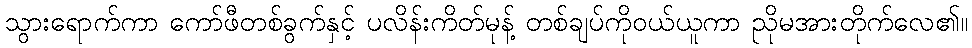
သွားရောက်ကာ ကော်ဖီတစ်ခွက်နှင့် ပလိန်းကိတ်မုန့် တစ်ချပ်ကိုဝယ်ယူကာ ညိုမအားတိုက်လေ၏။